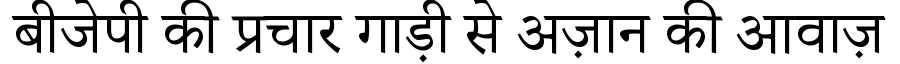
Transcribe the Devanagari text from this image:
बीजेपी की प्रचार गाड़ी से अज़ान की आवाज़